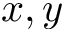
x , y